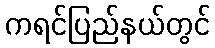
ကရင်ပြည်နယ်တွင်